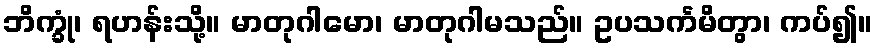
ဘိက္ခုံ၊ ရဟန်းသို့။ မာတုဂါမော၊ မာတုဂါမသည်။ ဥပသင်္ကမိတွာ၊ ကပ်၍။